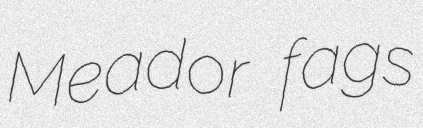
Meador fags